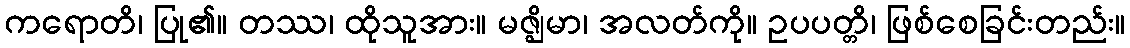
ကရောတိ၊ ပြု၏။ တဿ၊ ထိုသူအား။ မဇ္ဈိမာ၊ အလတ်ကို။ ဥပပတ္တိ၊ ဖြစ်စေခြင်းတည်း။